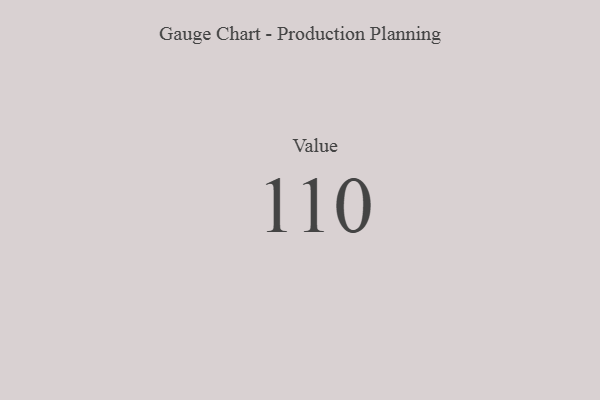
{"axis": {"x": "Metric", "y": "Value"}, "legend": [""], "data": [{"x": "Value", "y": 110, "type": ""}]}